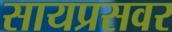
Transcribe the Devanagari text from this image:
सायप्रसवर